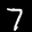
Label: 7